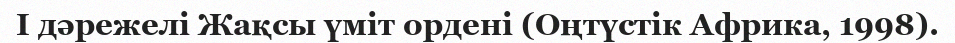
І дәрежелі Жақсы үміт ордені (Оңтүстік Африка, 1998).